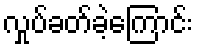
လှုပ်ခတ်ခဲ့ကြောင်း